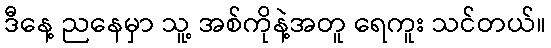
ဒီနေ့ ညနေမှာ သူ့ အစ်ကိုနဲ့အတူ ရေကူး သင်တယ်။